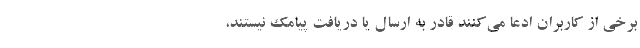
برخی از کاربران ادعا می‌کنند قادر به ارسال یا دریافت پیامک نیستند،